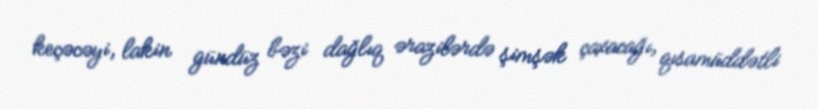
keçəcəyi, lakin gündüz bəzi dağlıq ərazilərdə şimşək çaxacağı, qısamüddətli